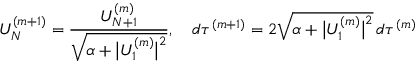
U _ { N } ^ { ( m + 1 ) } = \frac { U _ { N + 1 } ^ { ( m ) } } { \sqrt { \alpha + \big | U _ { 1 } ^ { ( m ) } \big | ^ { 2 } } } , \quad d \tau ^ { ( m + 1 ) } = 2 \sqrt { \alpha + \big | U _ { 1 } ^ { ( m ) } \big | ^ { 2 } } \, d \tau ^ { ( m ) }